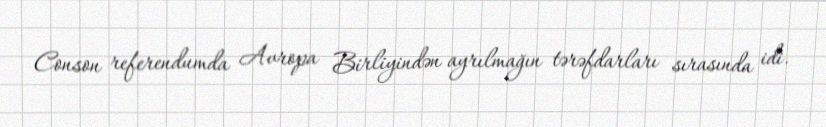
Conson referendumda Avropa Birliyindən ayrılmağın tərəfdarları sırasında idi.